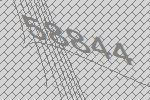
58844